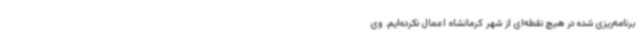
برنامه‌ریزی شده در هیچ نقطه‌ای از شهر کرمانشاه اعمال نکرده‌ایم. وی